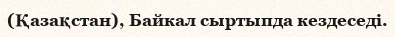
(Қазақстан), Байкал сыртыпда кездеседі.